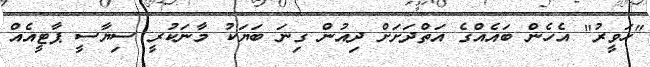
"ހަވީރު" އެހެން ބައެއްގެ އަތްދަށަށް ދިއުން ގިނަ ބަޔަކު މާނަކުރީ ސިޔާސީ ޕާޓީއެއް